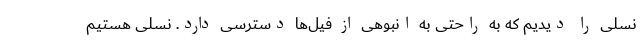
نسلی را دیدیم که به راحتی به انبوهی از فیل‌ها دسترسی دارد. نسلی هستیم